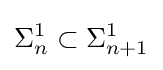
\Sigma _{n}^{1}\subset \Sigma _{n+1}^{1}